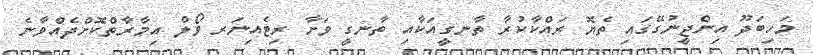
މަހިބަދޫ އިންޖީނުގޭގައި ތެޔޮ ރައްކާކުރާ ތާނގީއަކާއި ތާނގީ ވަށާ ރިޓެއިނަރ ވޯލް އިމާރާތްކޮށްދެއްވާނެ